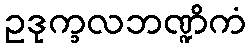
ဥဒုက္ခလဘဏ္ဍိကံ